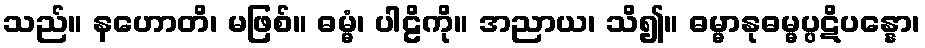
သည်။ နဟောတိ၊ မဖြစ်။ ဓမ္မံ၊ ပါဠိကို။ အညာယ၊ သိ၍။ ဓမ္မာနုဓမ္မပ္ပဋိပန္နော၊